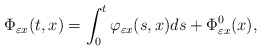
\begin{align*}\displaystyle \Phi_{\varepsilon x} (t,x) = \int_{0}^{t} \varphi_{\varepsilon x} (s,x)ds + \Phi_{\varepsilon x}^{0} (x),\end{align*}